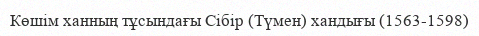
Көшім ханның тұсындағы Сібір (Түмен) хандығы (1563-1598)